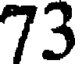
73